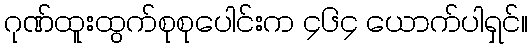
ဂုဏ်ထူးထွက်စုစုပေါင်းက ၄၆၄ ယောက်ပါရှင်။